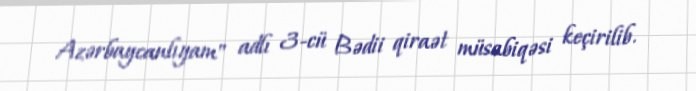
Azərbaycanlıyam" adlı 3-cü Bədii qiraət müsabiqəsi keçirilib.